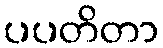
ပပတိတာ